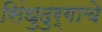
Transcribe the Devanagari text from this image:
सिंधुदुर्गाचे